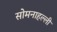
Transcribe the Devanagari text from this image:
सोमनाहल्ली